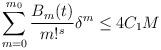
LaTeX: \begin{align*} \sum_{m=0}^{m_0} \frac{B_m(t)}{m!^{s}}\delta^{m} \le 4 C_1 M\end{align*}